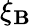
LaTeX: \xi_{\mathbf{B}}